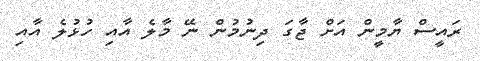
ރައީސް ޔާމީން އަށް ޖާގަ ދިނުމުން ނޭ މާލެ އާއި ހުޅުލެ އާއި